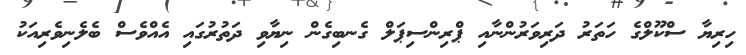
ހިރިޔާ ސްކޫލްގެ ހަތަރު ދަރިވަރުންނާއި ޕްރިންސިޕަލް ގެނބިގެން ނިޔާވި ދަތުރުގައި އެއްވެސް ބެލެނިވެރިއަކު